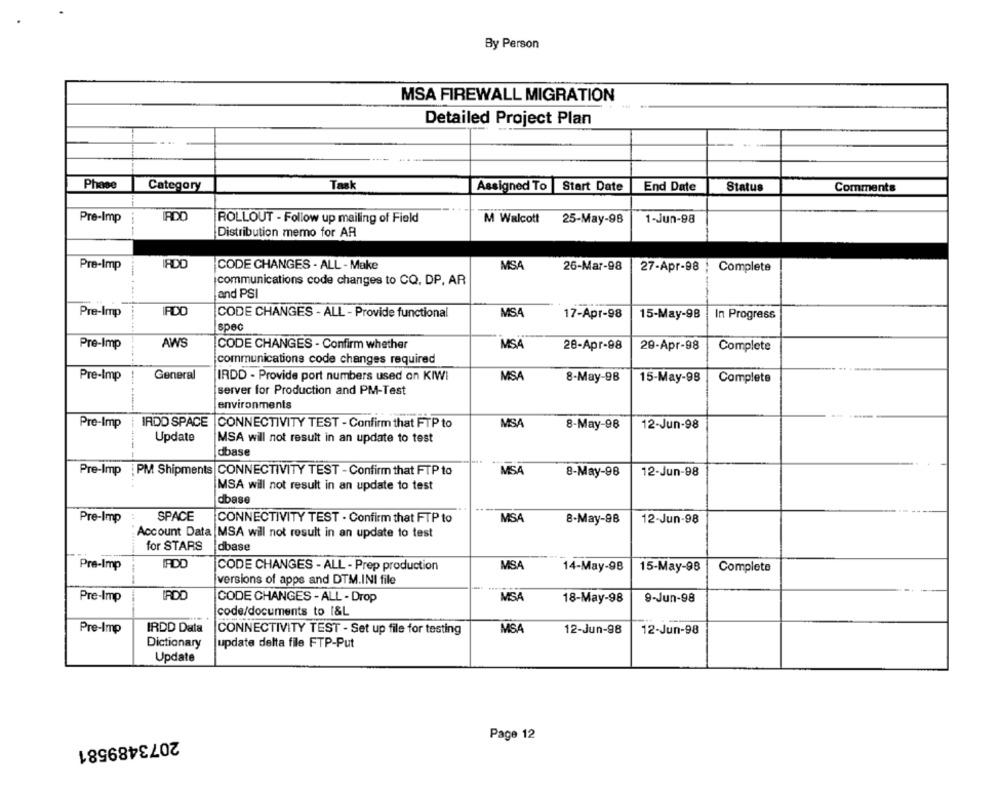
By Person
MSA FIREWALL MIGRATION
Detailed Project Plan
Phase
Category
Task
Assigned To Start Date
End Date
Status
Comments
Pre-Imp
ADO
ROLLOUT - Follow up mailing of Field
M Walcott
25-May-98
1-Jun-98
Distribution memo for AR
Pre-Imp
IADD
CODE CHANGES - ALL - Make
MSA
26-Mar-98
27-Apr-98 ; Complete
communications code changes to CQ, DP, AR
and PSI
Pre-Imp
IADO
CODE CHANGES - ALL - Provide functional
MS
17-Apr-98
15-May-98
In Progress
spec
Pre-Imp
AWS
CODE CHANGES - Confirm whether
MSA
28-Apr-98
29-Apr-98
Complete
communications code changes required
Pre-Imp
General
IRDD - Provide port numbers used on KIWI
MSA
8-May-98
15-May-98
Complete
server for Production and PM-Test
environments
Pre-Imp
IRDD SPACE CONNECTIVITY TEST - Confirm that FTP to
MSA
8-May-98
12-Jun-98
Update
MSA will not result in an update to test
dbase
Pre-Imp
PM Shipments CONNECTIVITY TEST - Confirm that FTP to
MSA
8-May-98
12-Jun-98
MSA will not result in an update to test
dbase
Pre-Imp
SPACE
CONNECTIVITY TEST - Confirm that FTP to
MSA
8-May-98
12-Jun-98
Account Data MSA will not result in an update to test
for STARS
dbase
Pre-Imp
IRDO
CODE CHANGES - ALL - Prep production
MSA
14-May-98
15-May-98
Complete
versions of apps and DTM.INI file
Pre-Imp
IRDO
CODE CHANGES - ALL - Drop
MSA
18-May-98
9-Jun-98
code/documents to I&L
Pre-Imp
IRDD Data
CONNECTIVITY TEST - Set up file for testing
MS
12-Jun-98
12-Jun-98
Dictionary
update delta file FTP-Put
Update
Page 12
2073489581